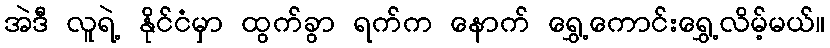
အဲဒီ လူရဲ့ နိုင်ငံမှာ ထွက်ခွာ ရက်က နောက် ရွှေ့ကောင်းရွှေ့လိမ့်မယ်။